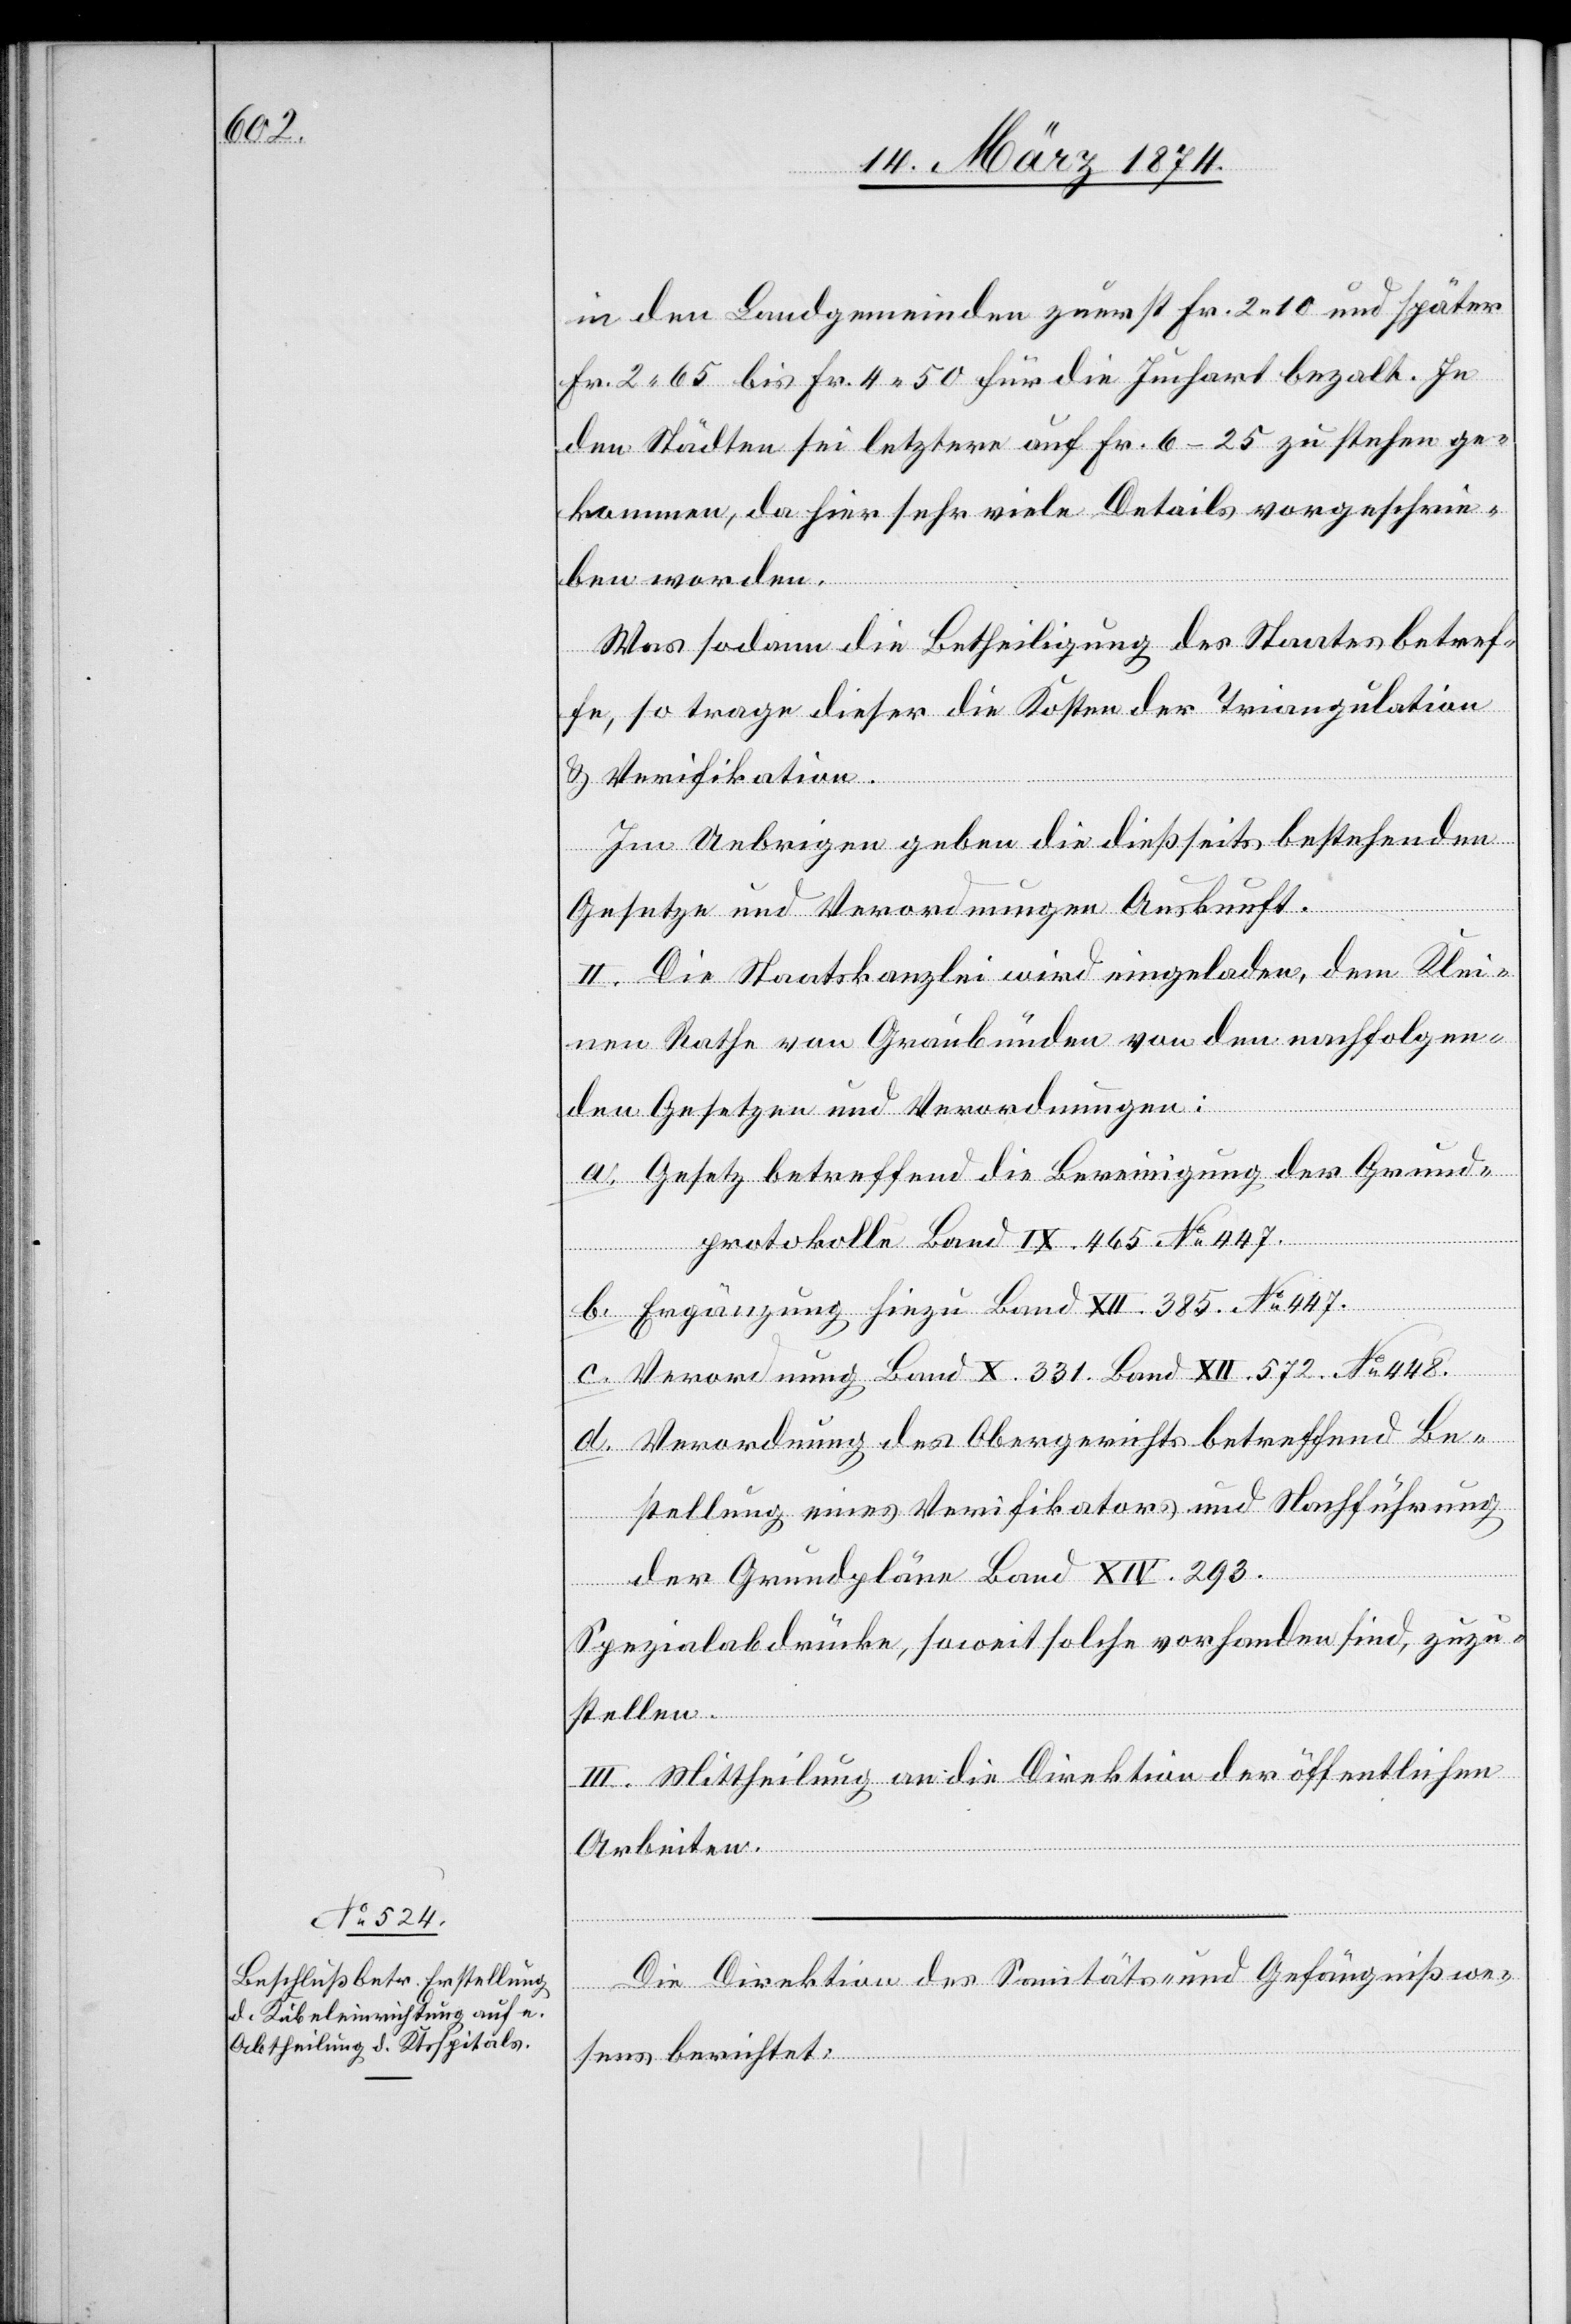
in den Landgemeinden zuerst Fr. 2.10 und später
Fr. 2.65 bis Fr. 4.50 für die Juchart bezalt. In
den Städten sei letztere auf Fr. 6–25 zu stehen ge¬
kommen, da hier sehr viele Details vorgeschrie¬
ben werden.
Was sodann die Betheiligung des Staates betref¬
fe, so trage dieser die Kosten der Triangulation
u. Verifikation.
Im Uebrigen geben die dießseits bestehenden
Gesetze und Verordnungen Auskunft.
II. Die Staatskanzlei wird eingeladen, dem Klei¬
nen Rathe von Graubünden von den nachfolgen¬
den Gesetzen und Verordnungen:
a. Gesetz betreffend die Bereinigung der Grund¬
protokolle Band IX. 465 No 447.
b. Ergänzung hiezu Band XII. 385. No 447.
c. Verordnung Band X. 331. Band XII. 572. No 448.
d. Verordnung des Obergerichts betreffend Be¬
stellung eines Verifikators und Nachführung
der Grundpläne Band XIV. 293.
Spezialabdrücke, soweit solche vorhanden sind, zuzu¬
stellen.
III. Mittheilung an die Direktion der öffentlichen
Arbeiten.
Die Direktion des Sanitäts- und Gefängnißwe¬
sens berichtet: